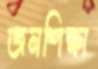
জনশিক্ষা